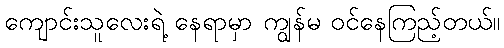
ကျောင်းသူလေးရဲ့ နေရာမှာ ကျွန်မ ဝင်နေကြည့်တယ်။